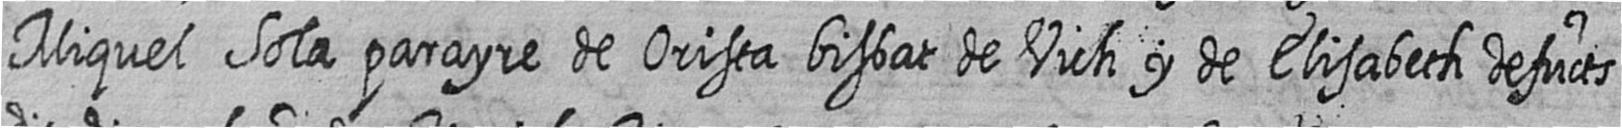
Miquel Sola parayre de Orista bisbat de Vich y de Elisabeth defucts